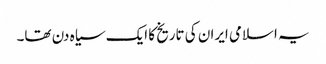
یہ اسلامی ایران کی تاریخ کا ایک سیاہ دن تھا۔